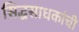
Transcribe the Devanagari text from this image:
सिद्धसाधकांची